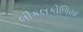
લીકલકોળિયા